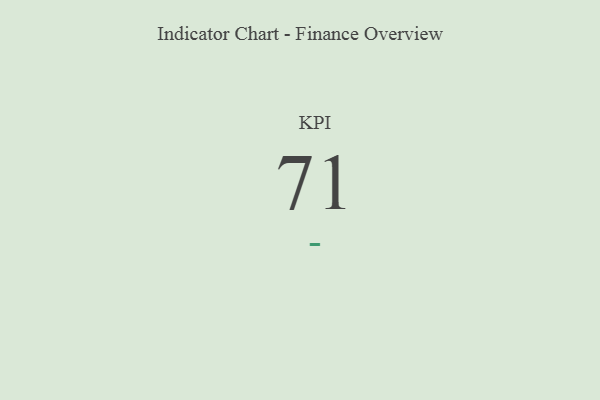
{"axis": {"x": "KPI", "y": "Value"}, "legend": [""], "data": [{"x": "KPI", "y": 71, "type": ""}]}